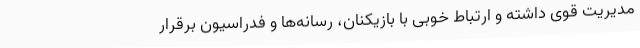
مدیریت قوی داشته و ارتباط خوبی با بازیکنان، رسانه‌ها و فدراسیون برقرار